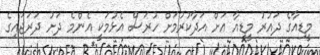
މީޑިއާގެ ދައުރު މީޑިއާ އަށް އަދާކުރުމަށް ހުރަސް އެޅުމަކީ އެންމެ ދަށު ދަރަޖައިގެ